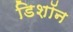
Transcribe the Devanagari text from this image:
डिशॉन